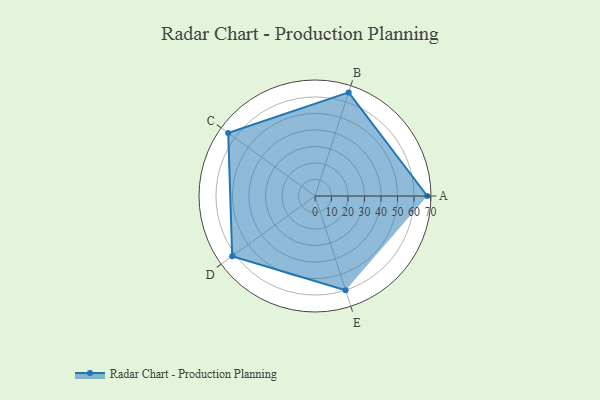
{"axis": {"x": "Skill", "y": "Score"}, "legend": ["Profile"], "data": [{"x": "A", "y": 68.0, "type": "Profile"}, {"x": "B", "y": 66.0, "type": "Profile"}, {"x": "C", "y": 65.0, "type": "Profile"}, {"x": "D", "y": 62.0, "type": "Profile"}, {"x": "E", "y": 60.0, "type": "Profile"}]}